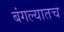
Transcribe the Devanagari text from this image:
बंगल्यातच